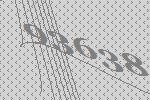
93638